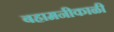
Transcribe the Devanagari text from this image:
बहामनीकाळी